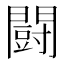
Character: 闘